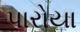
પારોયા